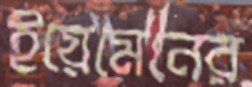
ইয়েমেনের